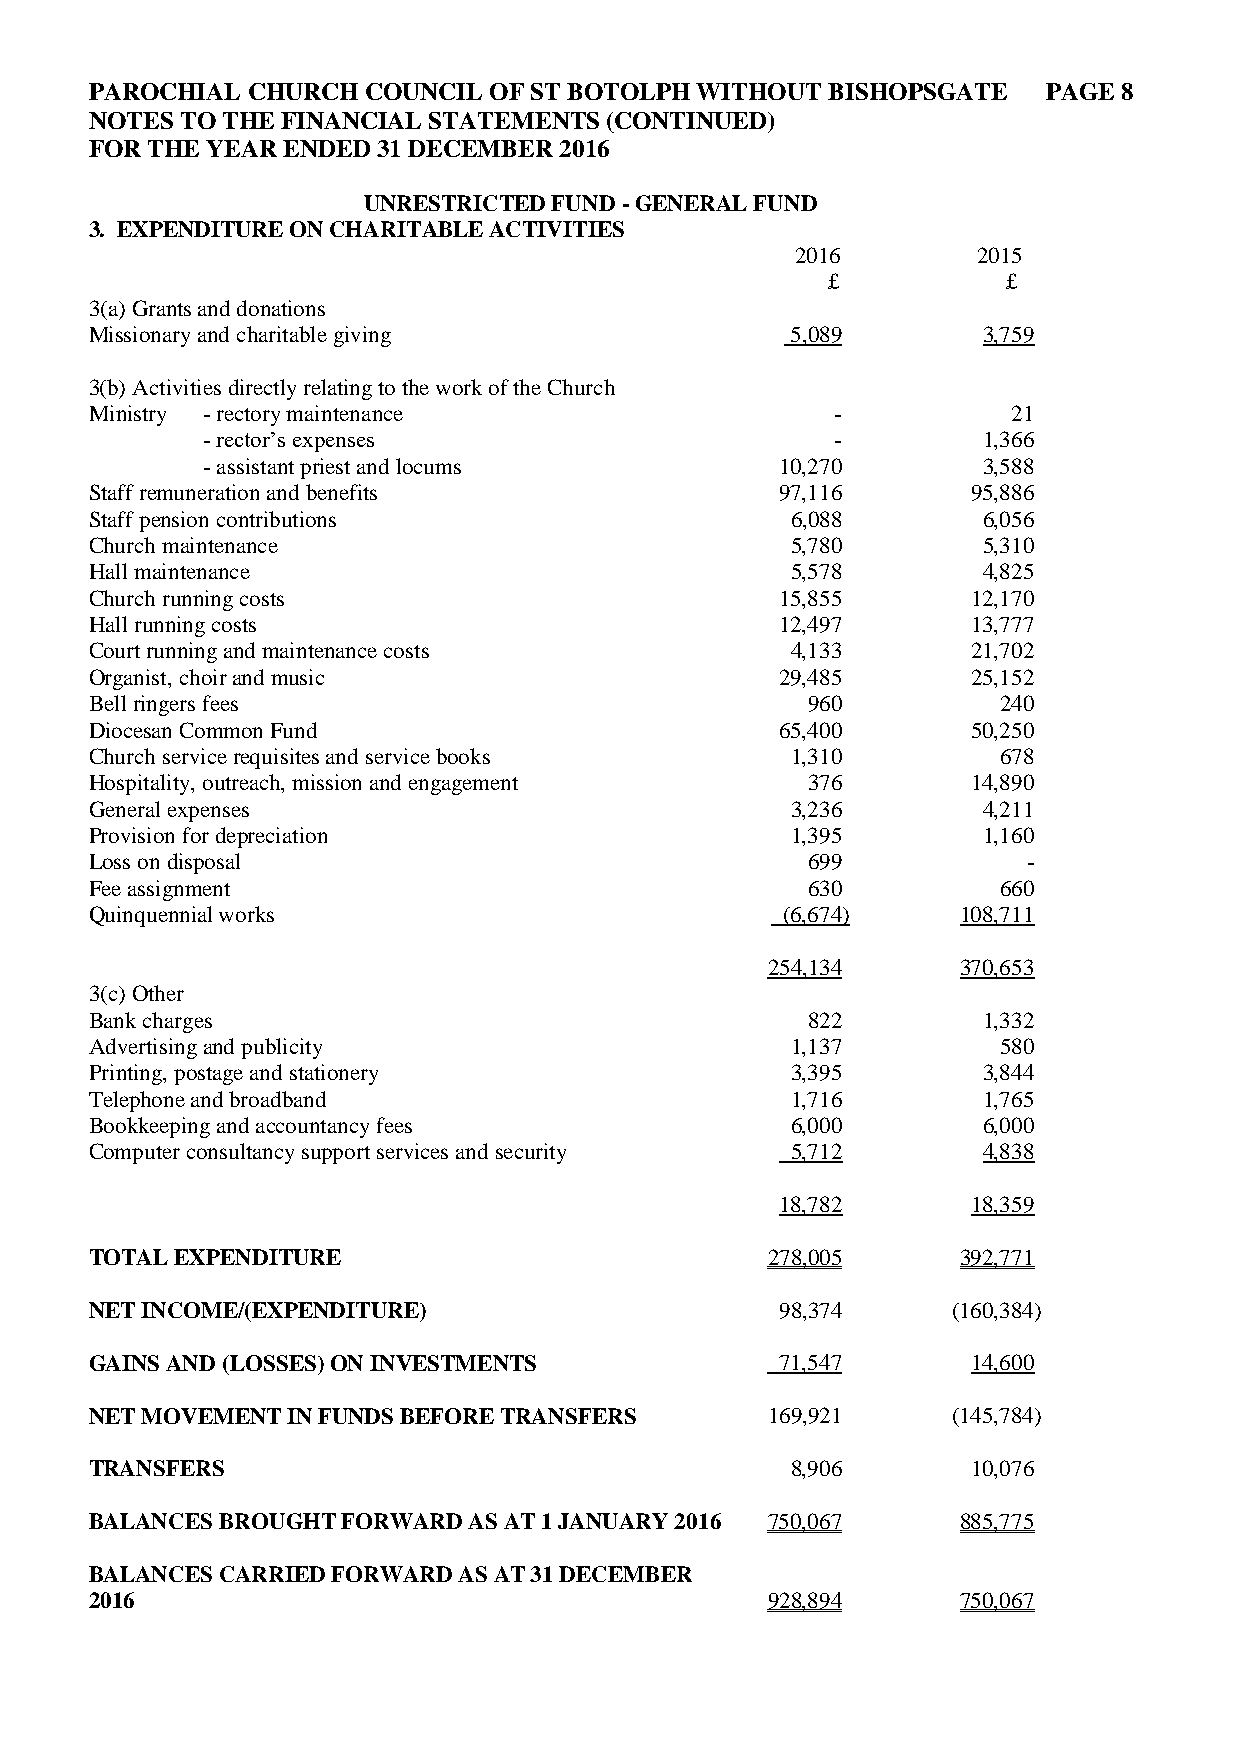
PAROCHIAL CHURCH  COUNCIL OF ST BOTOLPH WITHOUT  BISHOPSGATE   PAGE 8
 NOTES TO THE FINANCIAL STATEMENTS (CONTINUED)
 FOR THE YEAR ENDED 31 DECEMBER 2016
 UNRESTRICTED FUND - GENERAL FUND
 3. EXPENDITURE ON CHARITABLE ACTIVITIES
 2016        2015
 £           £
 3(a) Grants and donations
 Missionary and charitable giving              5,089        3,759
 3(b) Activities directly relating to the work of the Church
 Ministry - rectory maintenance                   -           21
 - rector’s expenses                       -         1,366
 - assistant priest and locums          10,270       3,588
 Staff remuneration and benefits               97,116      95,886
 Staff pension contributions                   6,088        6,056
 Church maintenance                            5,780        5,310
 Hall maintenance                              5,578        4,825
 Church running costs                          15,855      12,170
 Hall running costs                            12,497      13,777
 Court running and maintenance costs           4,133       21,702
 Organist, choir and music                     29,485      25,152
 Bell ringers fees                              960          240
 Diocesan Common Fund                          65,400      50,250
 Church service requisites and service books   1,310         678
 Hospitality, outreach, mission and engagement  376        14,890
 General expenses                              3,236        4,211
 Provision for depreciation                    1,395        1,160
 Loss on disposal                               699            -
 Fee assignment                                 630          660
 Quinquennial works                            (6,674)     108,711
 254,134      370,653
 3(c) Other
 Bank charges                                   822         1,332
 Advertising and publicity                     1,137         580
 Printing, postage and stationery              3,395        3,844
 Telephone and broadband                       1,716        1,765
 Bookkeeping and accountancy fees              6,000        6,000
 Computer consultancy support services and security 5,712   4,838
 18,782      18,359
 TOTAL EXPENDITURE                            278,005      392,771
 NET INCOME/(EXPENDITURE)                      98,374     (160,384)
 GAINS AND (LOSSES) ON INVESTMENTS             71,547      14,600
 NET MOVEMENT IN FUNDS BEFORE TRANSFERS       169,921     (145,784)
 TRANSFERS                                     8,906       10,076
 BALANCES BROUGHT FORWARD AS AT 1 JANUARY 2016 750,067     885,775
 BALANCES CARRIED FORWARD AS AT 31 DECEMBER
 2016                                         928,894      750,067